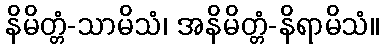
နိမိတ္တံ-သာမိသံ၊ အနိမိတ္တံ-နိရာမိသံ။